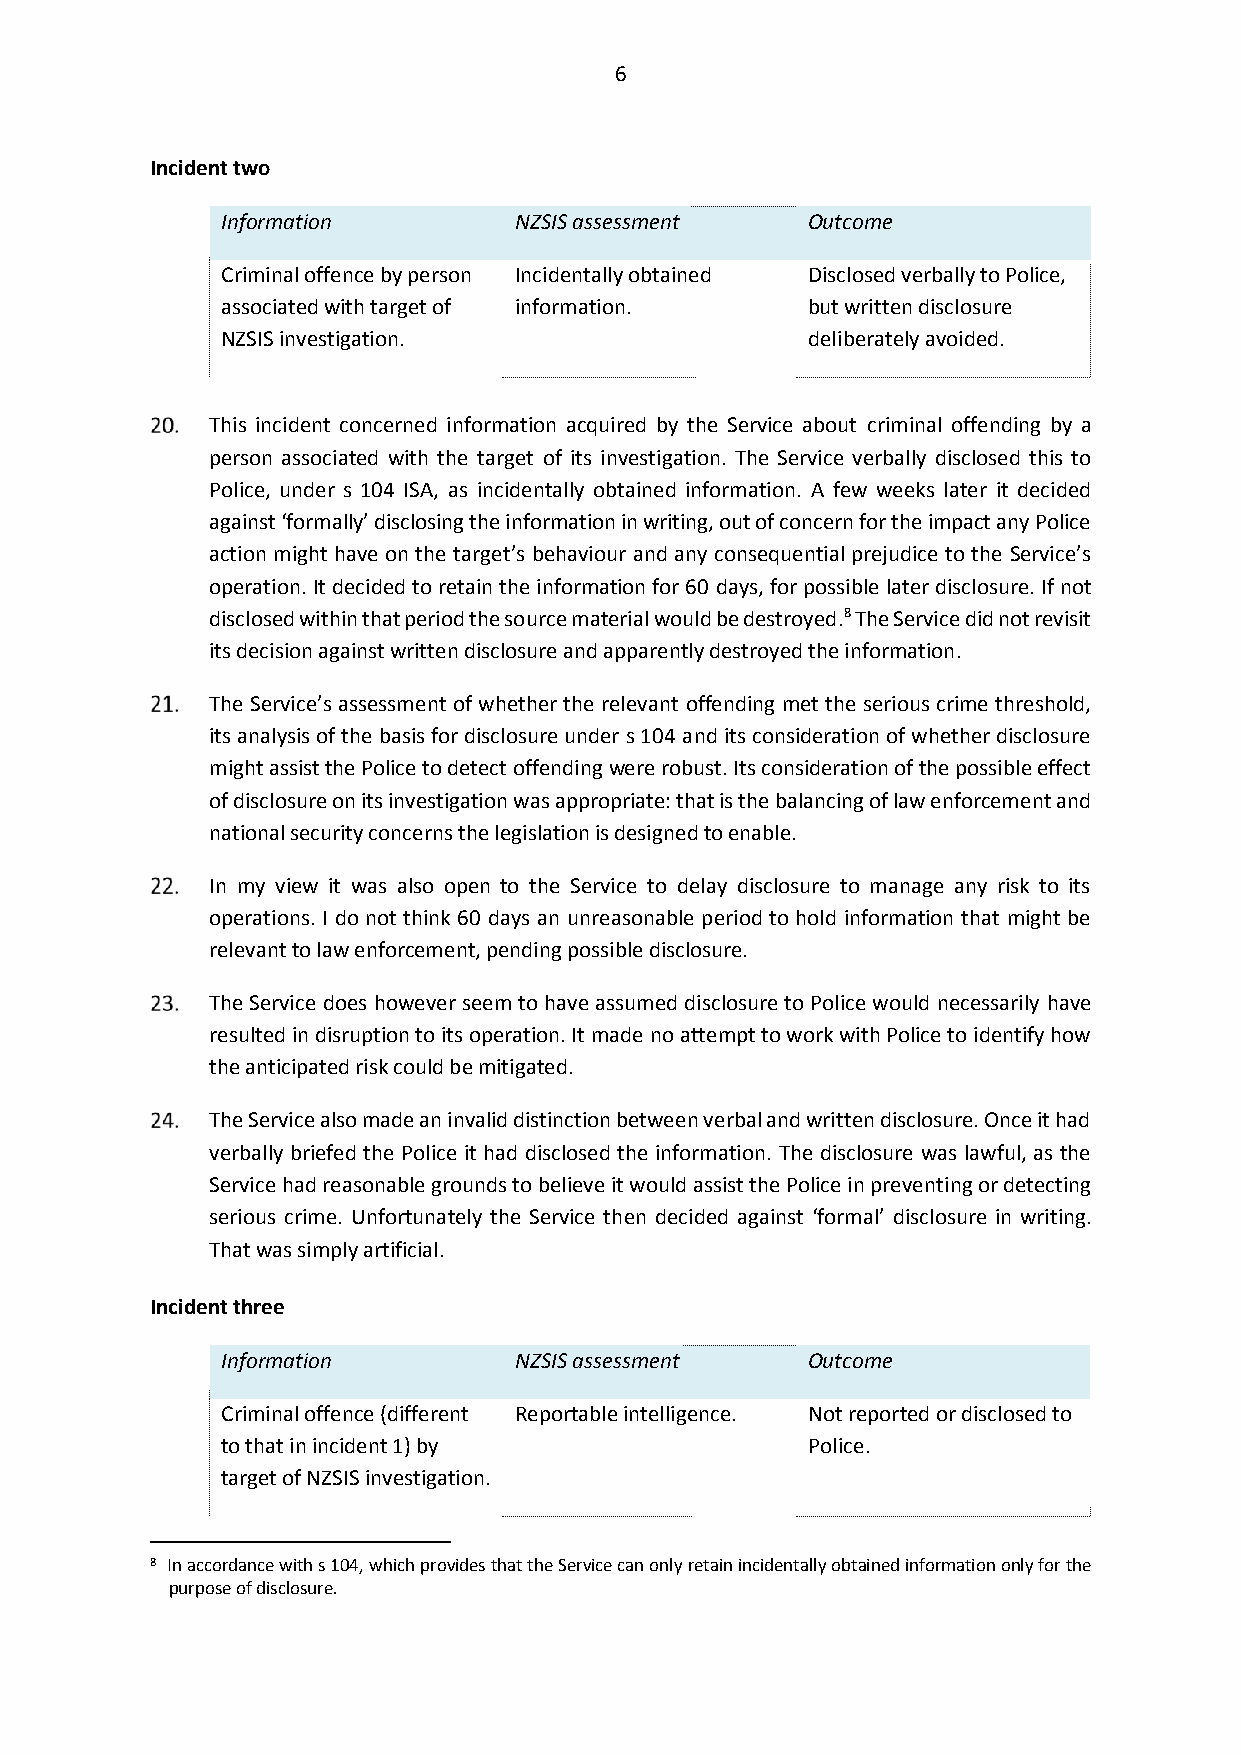
6
 Incident two
 Information        NZSIS assessment   Outcome
 Criminal offence by person Incidentally obtained Disclosed verbally to Police,
 associated with target of information. but written disclosure
 NZSIS investigation.                  deliberately avoided.
 This incident concerned information acquired by the Service about criminal offending by a
 person associated with the target of its investigation. The Service verbally disclosed this to
 Police, under s 104 ISA, as incidentally obtained information. A few weeks later it decided
 against ‘formally’ disclosing the information in writing, out of concern for the impact any Police
 action might have on the target’s behaviour and any consequential prejudice to the Service’s
 operation. It decided to retain the information for 60 days, for possible later disclosure. If not
 disclosed within that period the source material would be destroyed.8 The Service did not revisit
 its decision against written disclosure and apparently destroyed the information.
 The Service’s assessment of whether the relevant offending met the serious crime threshold,
 its analysis of the basis for disclosure under s 104 and its consideration of whether disclosure
 might assist the Police to detect offending were robust. Its consideration of the possible effect
 of disclosure on its investigation was appropriate: that is the balancing of law enforcement and
 national security concerns the legislation is designed to enable.
 In my view it was also open to the Service to delay disclosure to manage any risk to its
 operations. I do not think 60 days an unreasonable period to hold information that might be
 relevant to law enforcement, pending possible disclosure.
 The Service does however seem to have assumed disclosure to Police would necessarily have
 resulted in disruption to its operation. It made no attempt to work with Police to identify how
 the anticipated risk could be mitigated.
 The Service also made an invalid distinction between verbal and written disclosure. Once it had
 verbally briefed the Police it had disclosed the information. The disclosure was lawful, as the
 Service had reasonable grounds to believe it would assist the Police in preventing or detecting
 serious crime. Unfortunately the Service then decided against ‘formal’ disclosure in writing.
 That was simply artificial.
 Incident three
 Information        NZSIS assessment   Outcome
 Criminal offence (different Reportable intelligence. Not reported or disclosed to
 to that in incident 1) by             Police.
 target of NZSIS investigation.
 8 In accordance with s 104, which provides that the Service can only retain incidentally obtained information only for the
 purpose of disclosure.